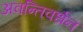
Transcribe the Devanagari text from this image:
अवन्तिवर्धन